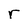
Character: r